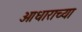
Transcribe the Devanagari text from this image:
आधाराच्या